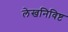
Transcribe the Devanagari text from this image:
लेखनिविष्ट